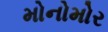
મોનોમોર